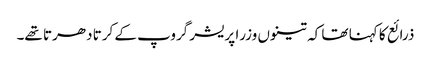
ذرائع کا کہنا تھا کہ تینوں وزرا پریشر گروپ کے کرتا دھرتا تھے۔